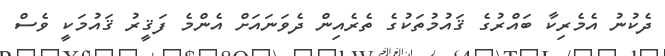
ދެކުނު އެމެރިކާ ބައްރުގެ ޤައުމުތަކުގެ ތެރެއިން ދެވަނައަށް އެންމެ ފަޤީރު ޤައުމަކީ ވެސް